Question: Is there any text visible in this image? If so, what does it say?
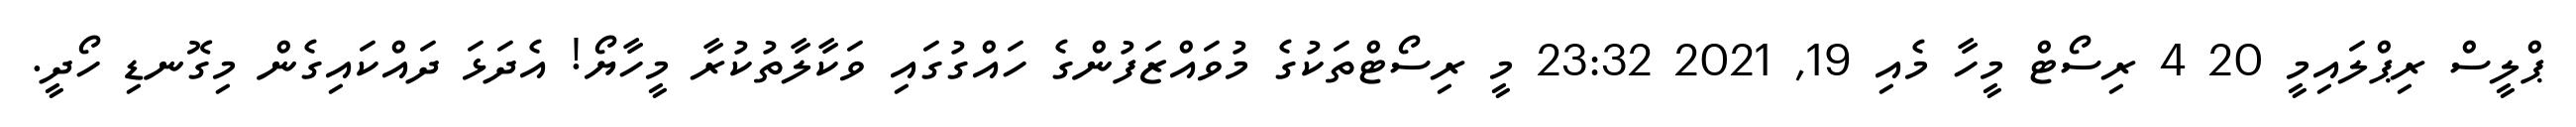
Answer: ޕްލީސް ރިޕްލައިމީ 20 4 ރިސޯޓް މީހާ މެއި 19, 2021 23:32 މީ ރިސޯޓްތަކުގެ މުވައްޒަފުންގެ ހައްގުގައި ވަކާލާތުކުރާ މީހާޔޯ! އެދަޅަ ދައްކައިގެން މިގޮނޑި ހޯދީ.